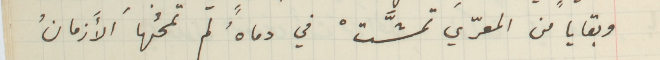
وبقايا من المعرّي تمشَّتْ في دماهُ لم تمحُها الأَزمانُ